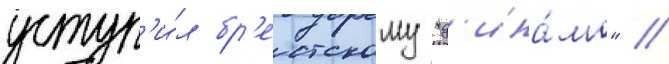
уступ'и́л бр'естскому "д'ина́мо" //